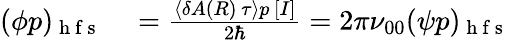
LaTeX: \begin{array}{rl}{(\phi p)_{\mathrm{~h~f~s~}}}&{{}=\frac{\left\langle\delta A(R)\, \tau\right\rangle p\, [I]}{2\hbar}=2\pi\nu_{00}(\psi p)_{\mathrm{~h~f~s~}}}\end{array}